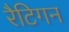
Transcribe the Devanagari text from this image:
रैटिगन